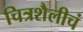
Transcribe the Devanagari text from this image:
चित्रशैलीचं